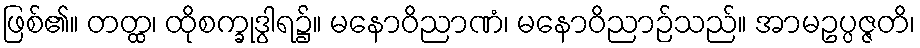
ဖြစ်၏။ တတ္ထ၊ ထိုစက္ခုဒွါရ၌။ မနောဝိညာဏံ၊ မနောဝိညာဉ်သည်။ အာမဥပ္ပဇ္ဇတိ၊